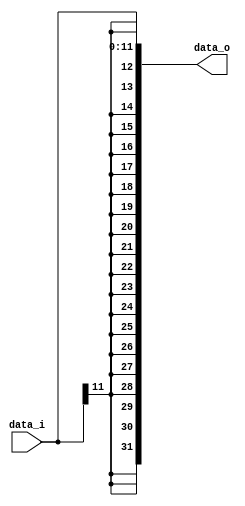
///
/// copy from hw4
///
module Sign_Extend(
    data_i,
    data_o
    );
    input [11:0] data_i;
    output [31:0] data_o;

    assign data_o = { {20{data_i[11]}}, data_i};

endmodule